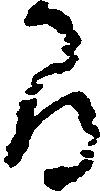
間